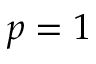
p = 1